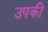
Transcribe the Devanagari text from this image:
उपकी